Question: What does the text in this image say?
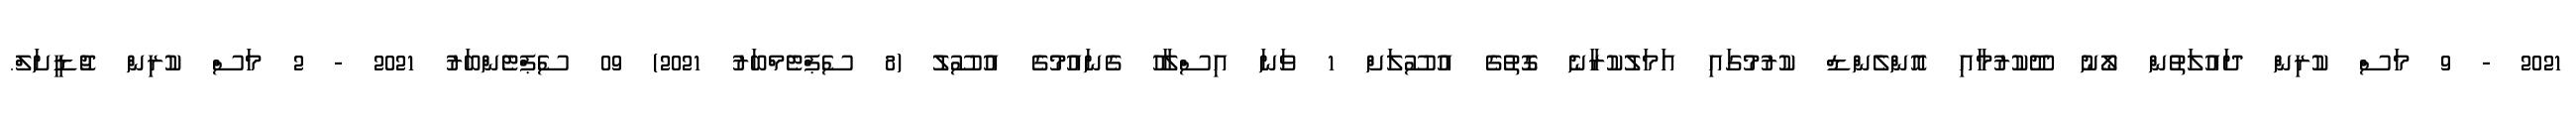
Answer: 2021 - 9 މަސް ކުރިން ދައުލަތުން ލޯނު ދޫކުރުމާއި އޮންލެންޑް ކުރުމުގައި އަމަލުކުރާނެ ގޮތުގެ އުސޫލަށް 1 ވަނަ އިސްލާހު ގެނައުމުގެ އުސޫލު (8 ސެޕްޓެމްބަރު 2021) 09 ސެޕްޓެންބަރު 2021 - 2 މަސް ކުރިން ޖުޑީށަލް.